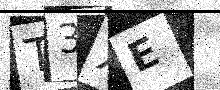
Text: T3XE